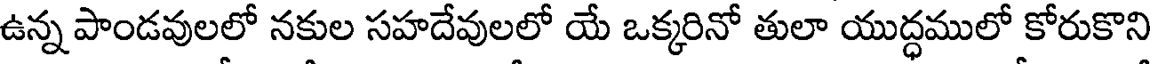
ఉన్న పాండవులలో నకుల సహదేవులలో యే ఒక్కరినో తులా యుద్ధములో కోరుకొని